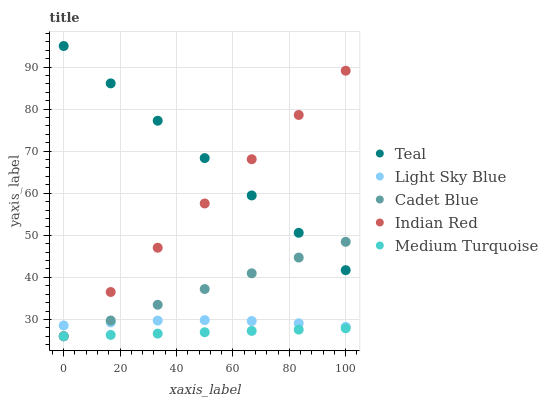
| xaxis_label | Teal | Light Sky Blue | Cadet Blue | Indian Red | Medium Turquoise |
 | --- | --- | --- | --- | --- | --- |
 | 0 | 95 | 28.6 | 26 | 26 | 26 |
 | 16.7 | 86.1 | 29.3 | 29.7 | 36.5 | 26.3 |
 | 33.3 | 77.2 | 29.7 | 33.5 | 47 | 26.6 |
 | 50 | 68.4 | 29.8 | 37.2 | 57.6 | 26.9 |
 | 66.7 | 59.5 | 29.6 | 41 | 68.1 | 27.3 |
 | 83.3 | 50.6 | 29.1 | 44.7 | 78.6 | 27.6 |
 | 100 | 41.7 | 28.2 | 48.4 | 89.1 | 27.9 |